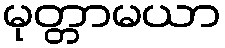
မုတ္တာမယာ